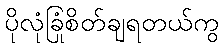
ပိုလုံခြုံစိတ်ချရတယ်ကွ